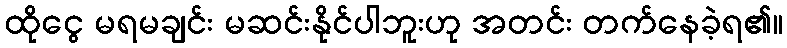
ထိုငွေ မရမချင်း မဆင်းနိုင်ပါဘူးဟု အတင်း တက်နေခဲ့ရ၏။